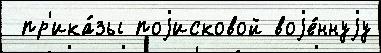
 пр'ика́зы поjисковой воjе́ннуjу